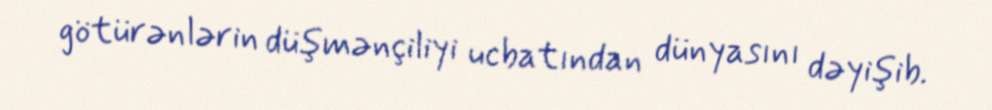
götürənlərin düşmənçiliyi ucbatından dünyasını dəyişib.